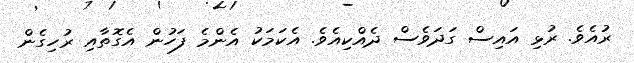
ރުއެވެ. ރުޅި އައިސް ގަދަވެސް ދެއްކިއެވެ. އެކަމަކު އެންމެ ފަހުން އެގޮތާއި ރުހިގެން